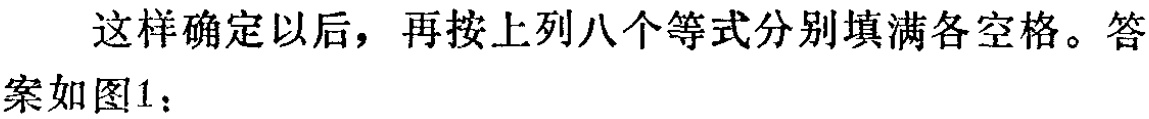
这样确定以后，再按上列八个等式分别填满各空格。答案如图1：